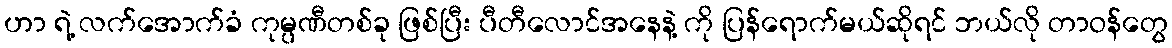
ဟာ ရဲ့ လက်အောက်ခံ ကုမ္ပဏီတစ်ခု ဖြစ်ပြီး ပီတီလောင်အနေနဲ့ ကို ပြန်ရောက်မယ်ဆိုရင် ဘယ်လို တာဝန်တွေ